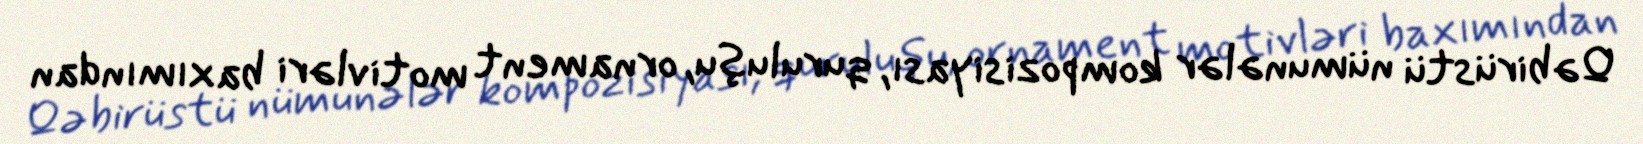
Qəbirüstü nümunələr kompozisiyası, quruluşu, ornament motivləri baxımından